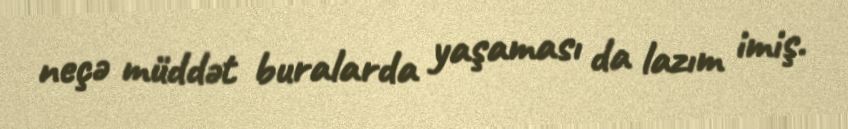
neçə müddət buralarda yaşaması da lazım imiş.